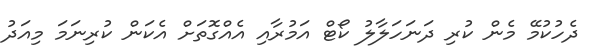
ދެހުކުމޭ މެން ކުރި ދަނަހަލާލު ކޯޓް އަމުރާއި އެއްގޮތަށް އެކަން ކުރިނަމަ މިއަދު